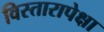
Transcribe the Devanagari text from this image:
विस्तारापेक्षा